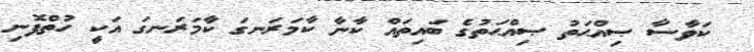
ކަވާސާ ޞިއްޙަތު ޞިއްޙަތުގެ ބައިތައް ކާނާ ކާމަރަނގަ ކާމަރަނގަ އަކީ ހުތްފޮނި